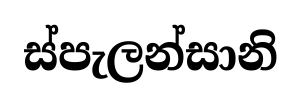
ස්පැලන්සානි